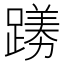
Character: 𫏟